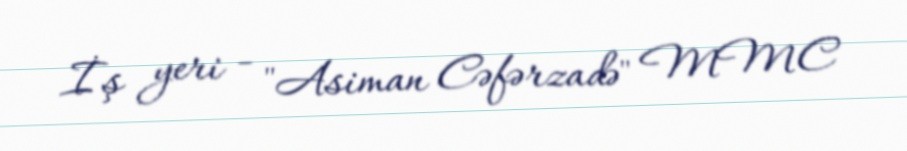
İş yeri - "Asiman Cəfərzadə" MMC